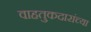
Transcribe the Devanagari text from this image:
वाहतुकदारांच्या